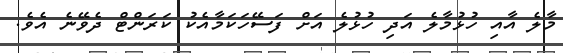
މާލެ އާއި ހުޅުމާލެ އަދި ހުޅުލެ އަށް ފަސޭހަކަމާއެކު ކަރަންޓް ދެވޭނެ އެވެ.